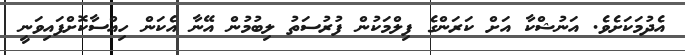
އެދުމަކަށެވެ. އަނުޝްކާ އަށް ކަރަންގެ ފިލްމަކުން ފުރުސަތު ލިބުމުން އޭނާ އެކަން ހިއްސާކޮށްފައިވަނީ